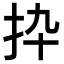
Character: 𢪄